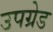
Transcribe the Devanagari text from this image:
उपग्रेड